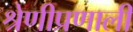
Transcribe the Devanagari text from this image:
श्रेणीप्रणाली